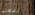
تفعلها